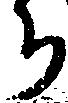
ち